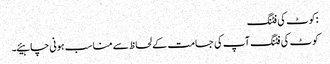
:کوٹ کی فٹنگ
کوٹ کی فٹنگ آپ کی جسامت کے لحاظ سے مناسب ہونی چاہیئے۔